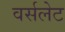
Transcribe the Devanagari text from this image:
वर्सलेट